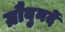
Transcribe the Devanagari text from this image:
ग्रौबुनदें